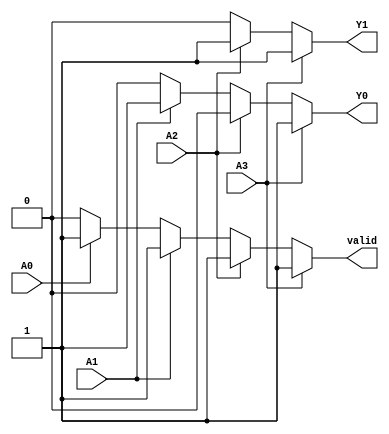
module priority_encoder (
    input wire A0,    // Input 0 (lowest priority)
    input wire A1,    // Input 1
    input wire A2,    // Input 2
    input wire A3,    // Input 3 (highest priority)
    output reg Y0,    // Output 0
    output reg Y1,    // Output 1
    output reg valid   // Valid output indicator
);

always @(*) begin
    // Default outputs
    Y0 = 1'b0;
    Y1 = 1'b0;
    valid = 1'b0; // Assume invalid state initially

    // Priority encoding logic
    if (A3) begin
        Y1 = 1'b1;
        Y0 = 1'b1;
        valid = 1'b1; // Valid output
    end else if (A2) begin
        Y1 = 1'b1;
        Y0 = 1'b0;
        valid = 1'b1; // Valid output
    end else if (A1) begin
        Y1 = 1'b0;
        Y0 = 1'b1;
        valid = 1'b1; // Valid output
    end else if (A0) begin
        Y1 = 1'b0;
        Y0 = 1'b0;
        valid = 1'b1; // Valid output
    end
    // If all inputs are low, Y0 and Y1 remain 0 and valid is 0
end

endmodule